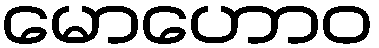
မောဟောဝ